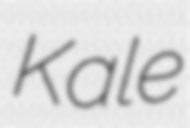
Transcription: Kale